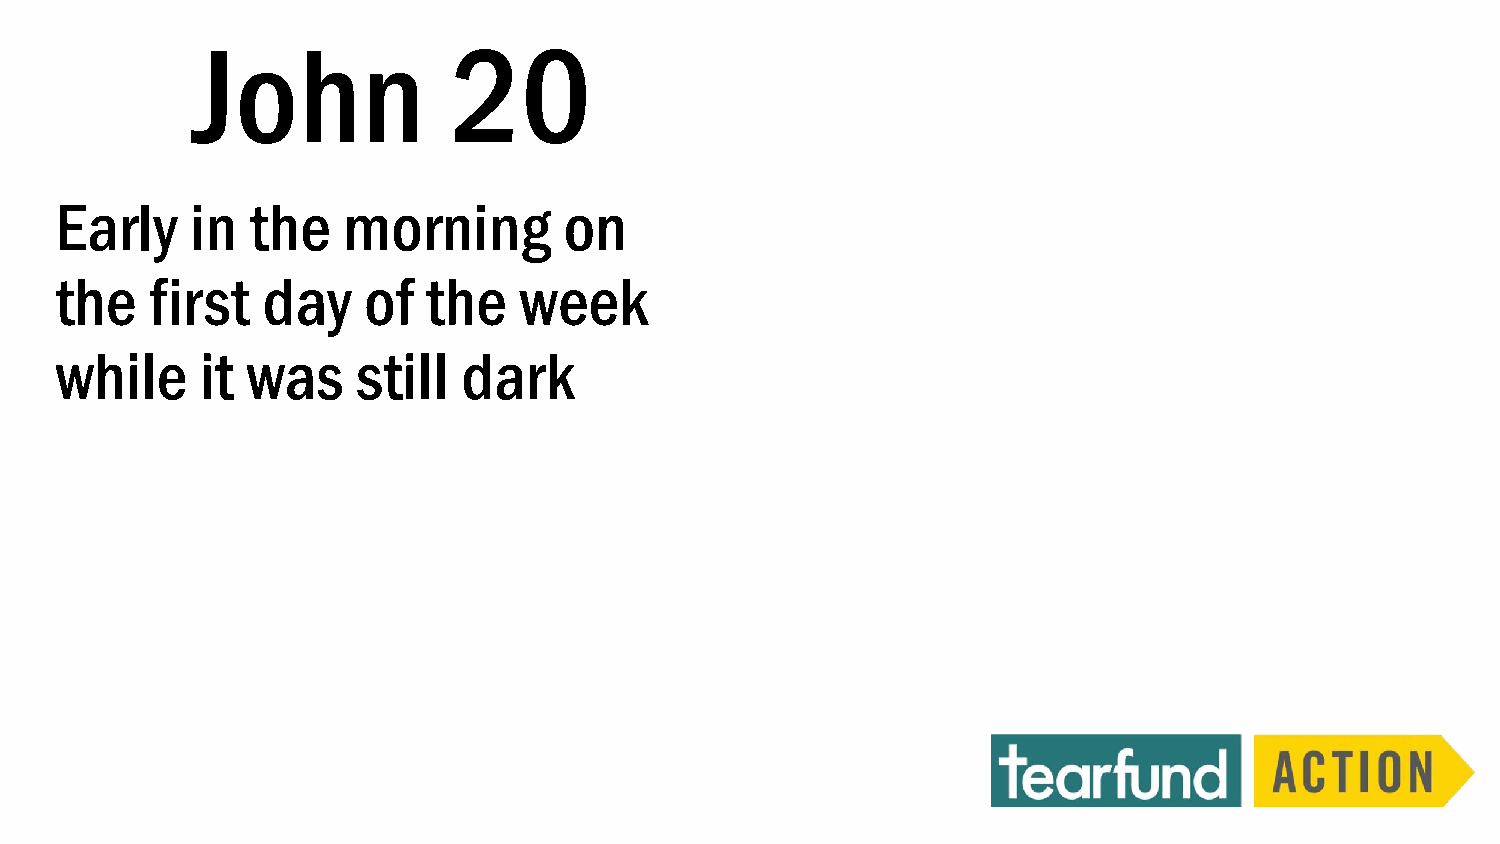
John             20
 Early    in  the   morning       on
 the   first  day    of  the   week
 while    it was     still  dark